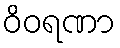
ဝိဝရဏာ